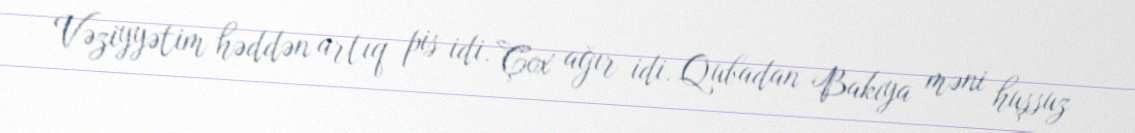
Vəziyyətim həddən artıq pis idi. Çox ağır idi. Qubadan Bakıya məni huşsuz